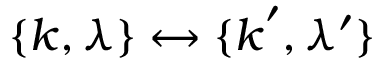
\{ \boldsymbol { k } , \lambda \} \leftrightarrow \{ \boldsymbol { k } ^ { \prime } , \lambda ^ { \prime } \}